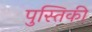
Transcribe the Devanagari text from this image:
पुस्तिकी